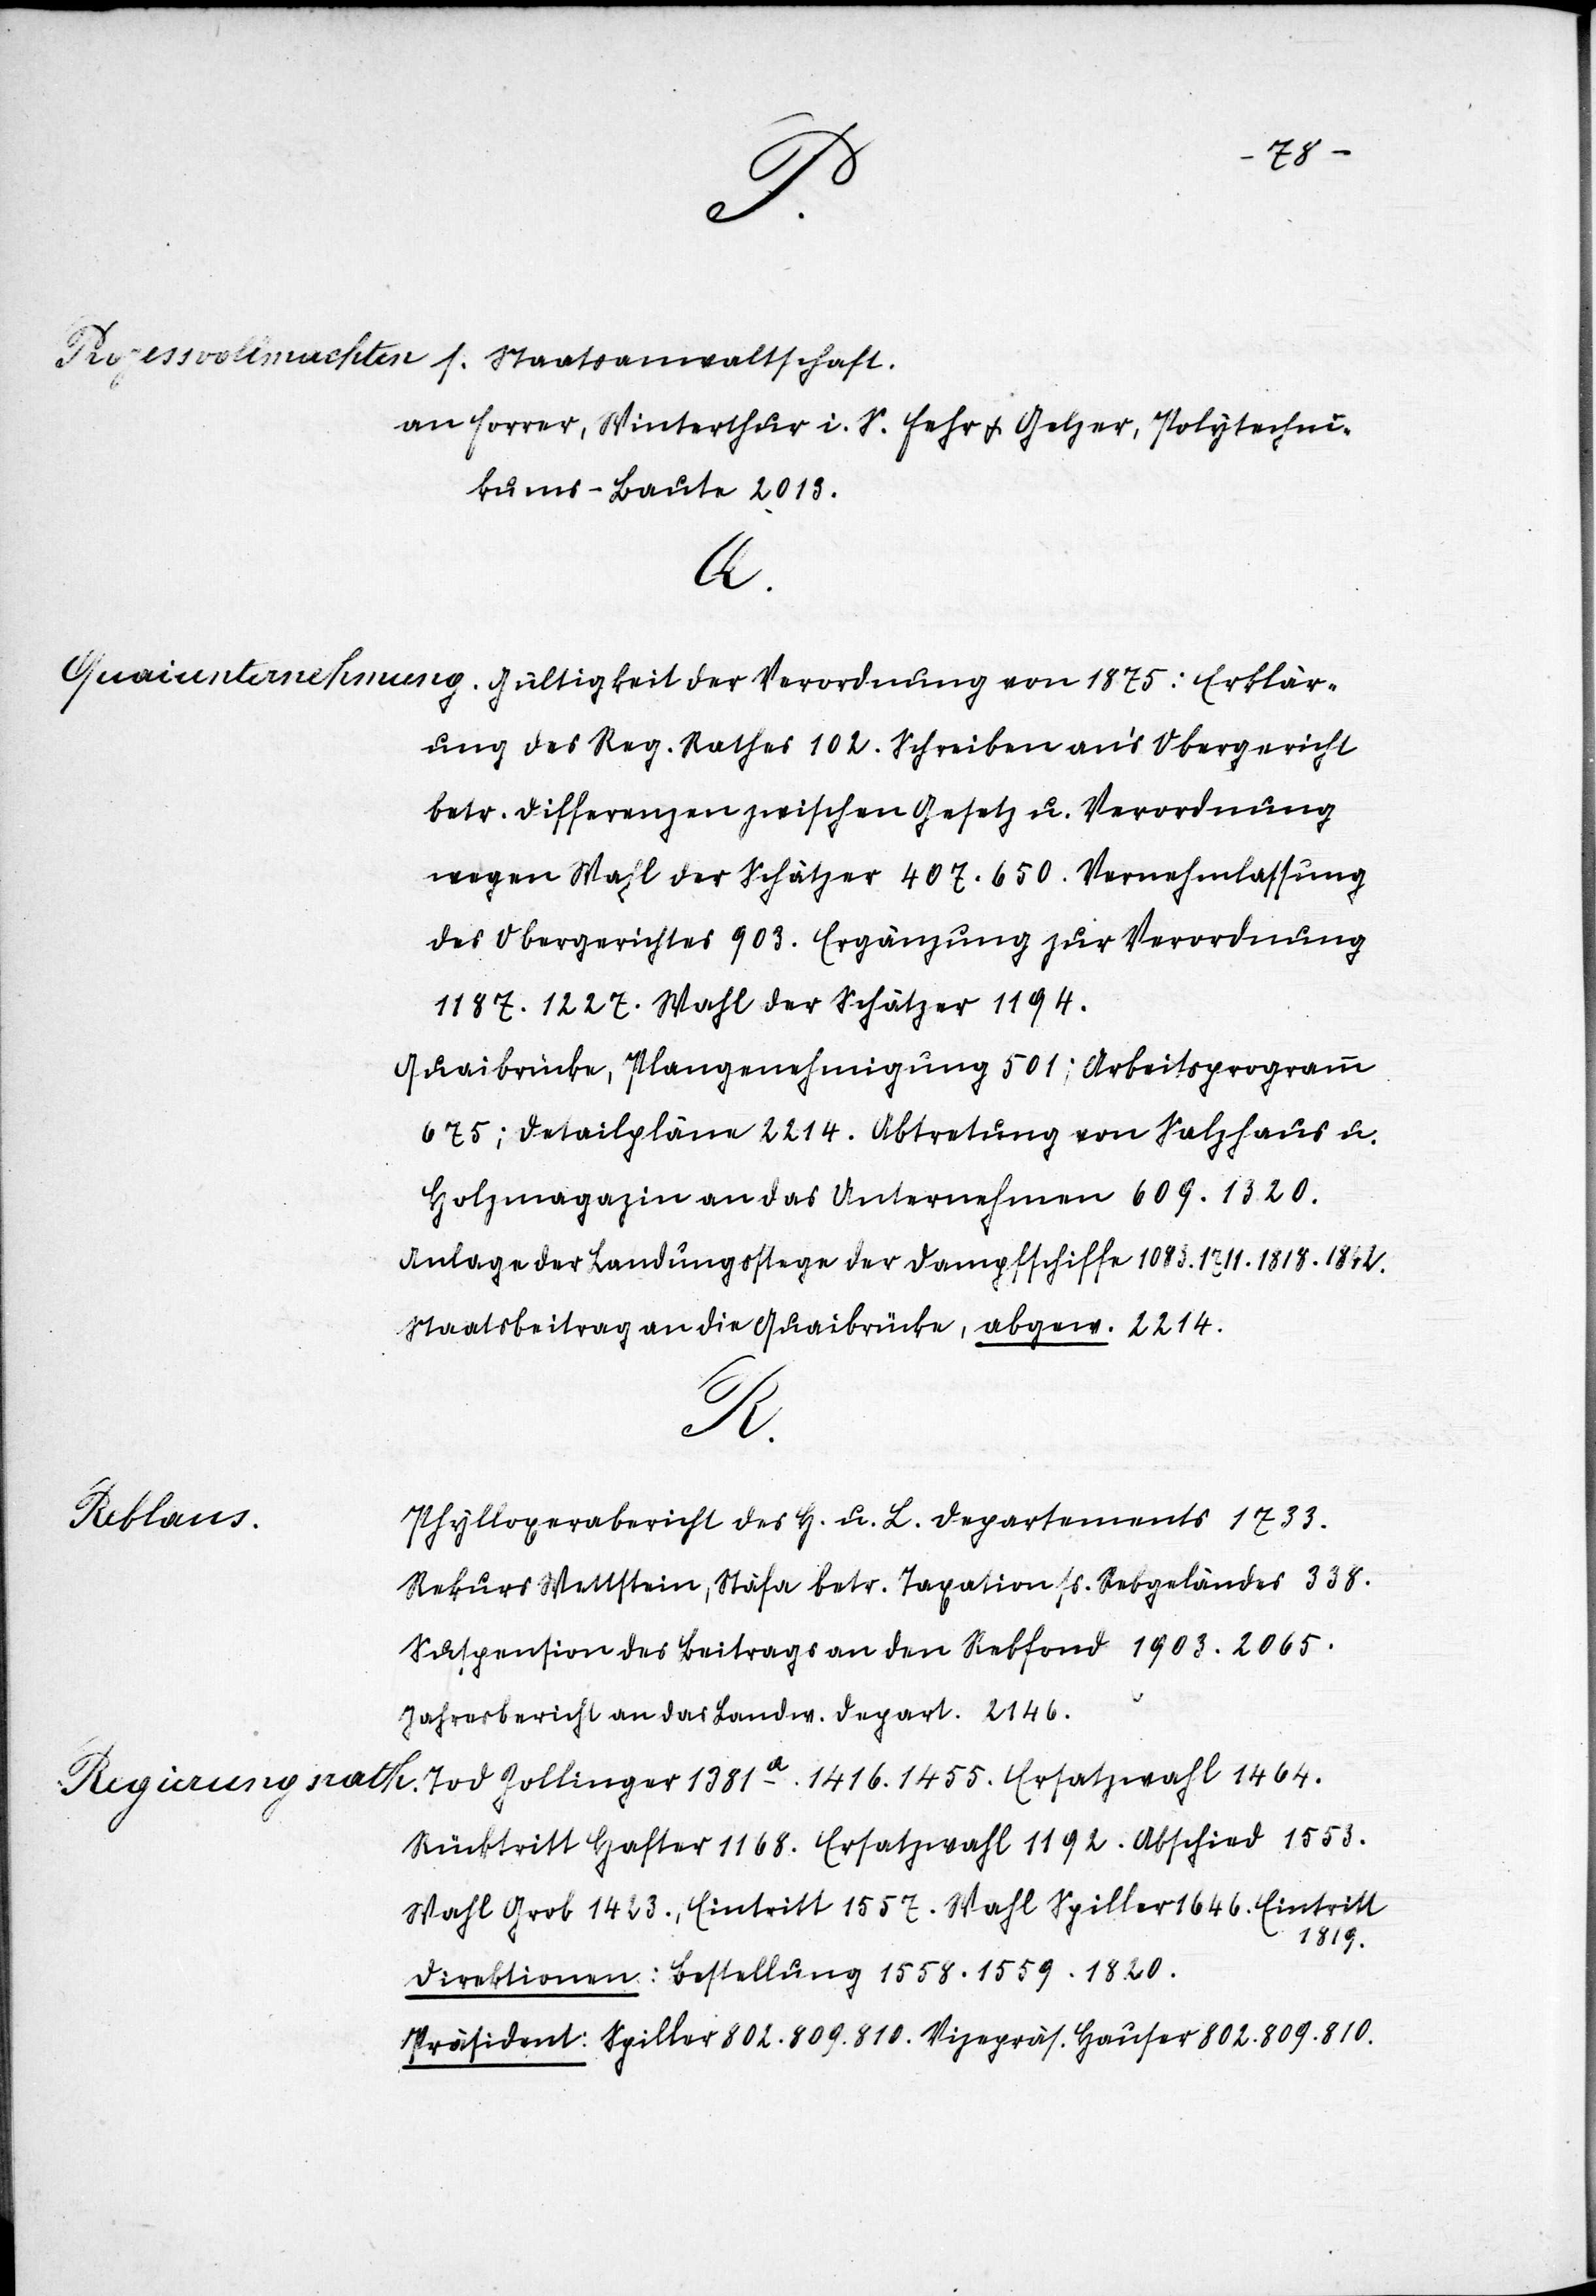
l.
Js.